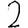
Digit: 2